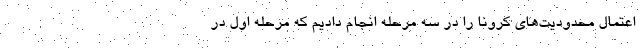
اعتمال محدودیت‌های کرونا را در سه مرحله انجام دادیم که مرحله اول در